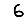
Digit: 6